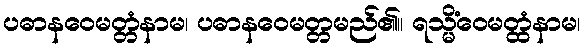
ပဓာနဝေမတ္တံနာမ၊ ပဓာနဝေမတ္တမည်၏။ ရသ္မိံဝေမတ္ထံနာမ၊